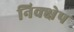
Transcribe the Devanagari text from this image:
निक्क्षेप